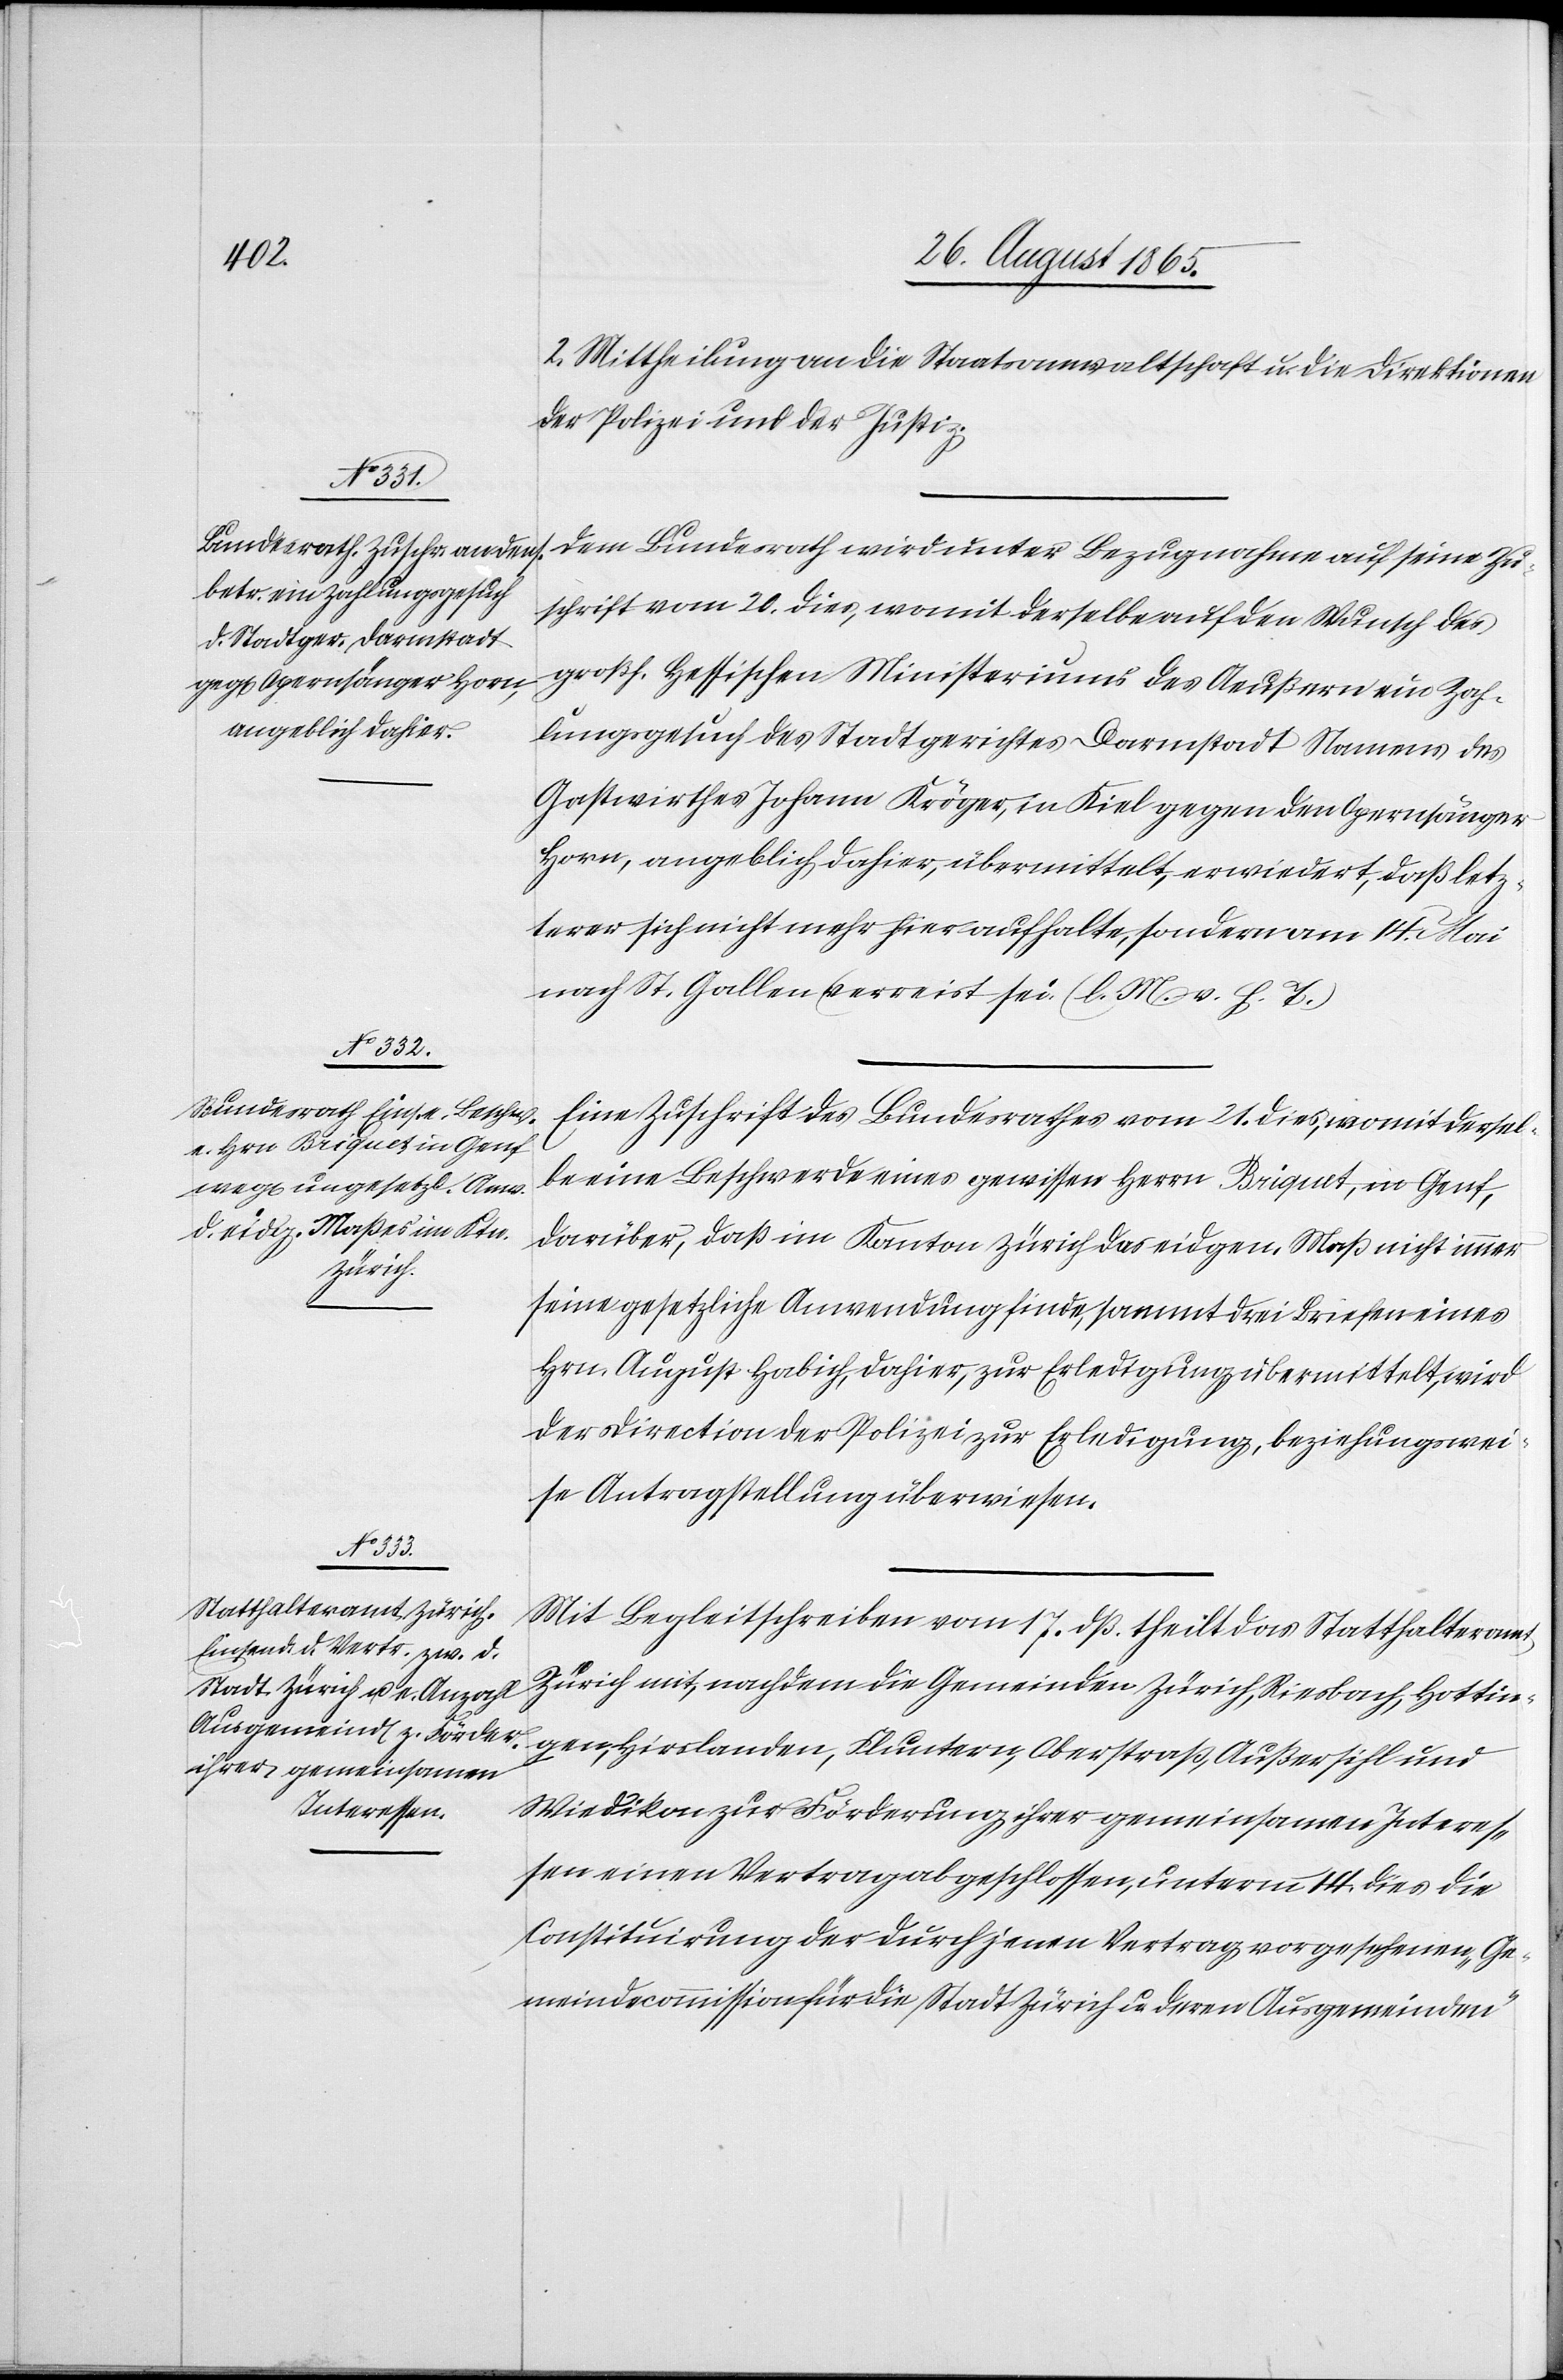
2. Mittheilung an die Staatsanwaltschaft u. die Direktion
der Polizei und der Justiz.
Dem Bundesrath wird unter Bezugnahme auf seine Zu¬
schrift vom 20. dies, womit derselbe auf den Wunsch des
großh. Hessischen Ministeriums des Aeußern ein Zah¬
lungsgesuch des Stadtgerichtes Darmstadt Namens des
Gastwirthes Johann Kröger, in Kiel gegen den Opernsänger
Horn, angeblich dahier, übermittelt, erwiedert, daß letz¬
terer sich nicht mehr hier aufhalte, sondern am 14.
nach St. Gallen verreist sei. (l. M. v. h. T.)
Eine Zuschrift des Bundesrathes vom 21. dies, womit dersel¬
be eine Beschwerde eines gewissen Herrn Briquet, in Genf,
darüber, daß im Kanton Zürich das eidgen. Maß nicht immer
seine gesetzliche Anwendung finde, sammt drei Briefen eines
Hrn. August Habich, dahier, zur Erledigung übermittelt, wird
der Direction der Polizei zur Erledigung, beziehungswei¬
se Antragstellung überwiesen.
Mit Begleitschreiben vom 17. dß. theilt das Statthalteramt
Zürich mit, nachdem die Gemeinden Zürich, Riesbach, Hottin¬
gen, Hirslanden, Fluntern, Oberstraß, Außersihl und
Wiedikon zur Förderung ihrer gemeinsamen Interes¬
sen einen Vertrag abgeschlossen, unterm 14. dies. die
Constituirung der durch jenen Vertrag vorgesehenen „Ge¬
meindecommission für die Stadt Zürich u. deren Ausgemeinden“